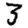
Digit: 3